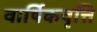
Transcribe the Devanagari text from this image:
वार्षिकवृत्ति